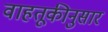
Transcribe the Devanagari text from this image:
वाहतूकीनुसार